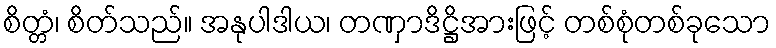
စိတ္တံ၊ စိတ်သည်။ အနုပါဒါယ၊ တဏှာဒိဋ္ဌိအားဖြင့် တစ်စုံတစ်ခုသော